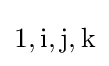
1,\mathrm {i} ,\mathrm {j} ,\mathrm {k}